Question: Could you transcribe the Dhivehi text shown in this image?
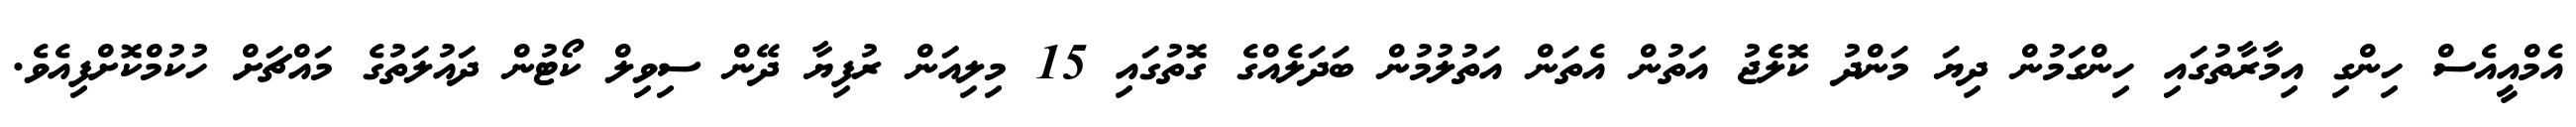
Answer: އެމްއީއެސް ހިންގި އިމާރާތުގައި ހިންގަމުން ދިޔަ މަންދު ކޮލެޖު އަތުން އެތަން އަތުލުމުން ބަދަލެއްގެ ގޮތުގައި 15 މިލިއަން ރުފިޔާ ދޭން ސިވިލް ކޯޓުން ދައުލަތުގެ މައްޗަށް ހުކުމްކޮށްފިއެވެ.